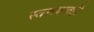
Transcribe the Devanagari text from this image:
स्वरुपातही